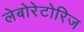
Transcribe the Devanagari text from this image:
लेबोरेटोरिज